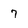
Character: 7